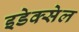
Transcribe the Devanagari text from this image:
इडेक्सेल